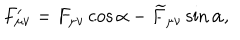
LaTeX: F _ { \mu \nu } ^ { \prime } = F _ { \mu \nu } \cos \alpha - \widetilde { F } _ { \mu \nu } \sin \alpha ,